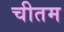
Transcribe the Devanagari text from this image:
चीतम